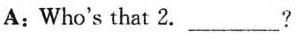
A: Who's that 2.___?